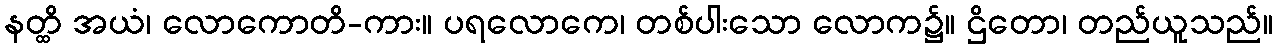
နတ္ထိ အယံ၊ လောကောတိ-ကား။ ပရလောကေ၊ တစ်ပါးသော လောက၌။ ဌိတော၊ တည်ယူသည်။